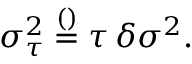
\sigma _ { \tau } ^ { 2 } \overset { \footnotesize ( ) } { = } \tau \, \delta \sigma ^ { 2 } .